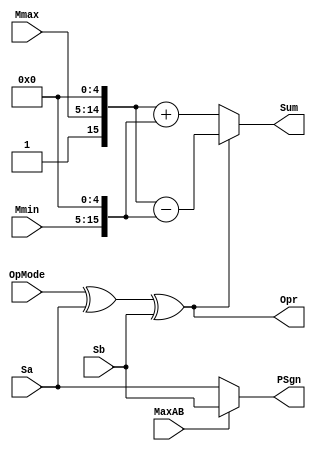
`define BFLOAT16 
`define VCS
`define EXPONENT 8
`define MANTISSA 7
`define EXPONENT 5
`define MANTISSA 10
`define SIGN 1
`define DWIDTH (`SIGN+`EXPONENT+`MANTISSA)
`define AWIDTH 10
`define MEM_SIZE 1024
`define DESIGN_SIZE 12
`define CU_SIZE 4
`define MASK_WIDTH 4
`define MEM_ACCESS_LATENCY 1
`define REG_DATAWIDTH 32
`define REG_ADDRWIDTH 8
`define ITERATIONS_WIDTH 32
`define REG_STDN_ADDR 32'h4
`define REG_MATRIX_A_ADDR 32'he
`define REG_MATRIX_B_ADDR 32'h12
`define REG_MATRIX_C_ADDR 32'h16
`define REG_VALID_MASK_A_ADDR 32'h20
`define REG_VALID_MASK_B_ADDR 32'h5c
`define REG_ITERATIONS_ADDR 32'h40
`define PE_PIPELINE_DEPTH 5
`define IDLE     2'b00
`define W_ENABLE  2'b01
`define R_ENABLE  2'b10

module FPAddSub_ExecutionModule(
		Mmax,
		Mmin,
		Sa,
		Sb,
		MaxAB,
		OpMode,
		Sum,
		PSgn,
		Opr
    );

	// Input ports
	input [`MANTISSA-1:0] Mmax ;					// The larger mantissa
	input [`MANTISSA:0] Mmin ;					// The smaller mantissa
	input Sa ;								// Sign bit of larger number
	input Sb ;								// Sign bit of smaller number
	input MaxAB ;							// Indicates the larger number (0/A, 1/B)
	input OpMode ;							// Operation to be performed (0/Add, 1/Sub)
	
	// Output ports
	output [`DWIDTH:0] Sum ;					// The result of the operation
	output PSgn ;							// The sign for the result
	output Opr ;							// The effective (performed) operation

	wire [`EXPONENT-1:0]temp_1;

	assign Opr = (OpMode^Sa^Sb); 		// Resolve sign to determine operation
	assign temp_1 = 0;
	// Perform effective operation
//SAMIDH_UNSURE 5--> 8

	assign Sum = (OpMode^Sa^Sb) ? ({1'b1, Mmax, temp_1} - {Mmin, temp_1}) : ({1'b1, Mmax, temp_1} + {Mmin, temp_1}) ;
	
	// Assign result sign
	assign PSgn = (MaxAB ? Sb : Sa) ;

endmodule